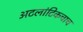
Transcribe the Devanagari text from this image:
अटलांटिकचाच